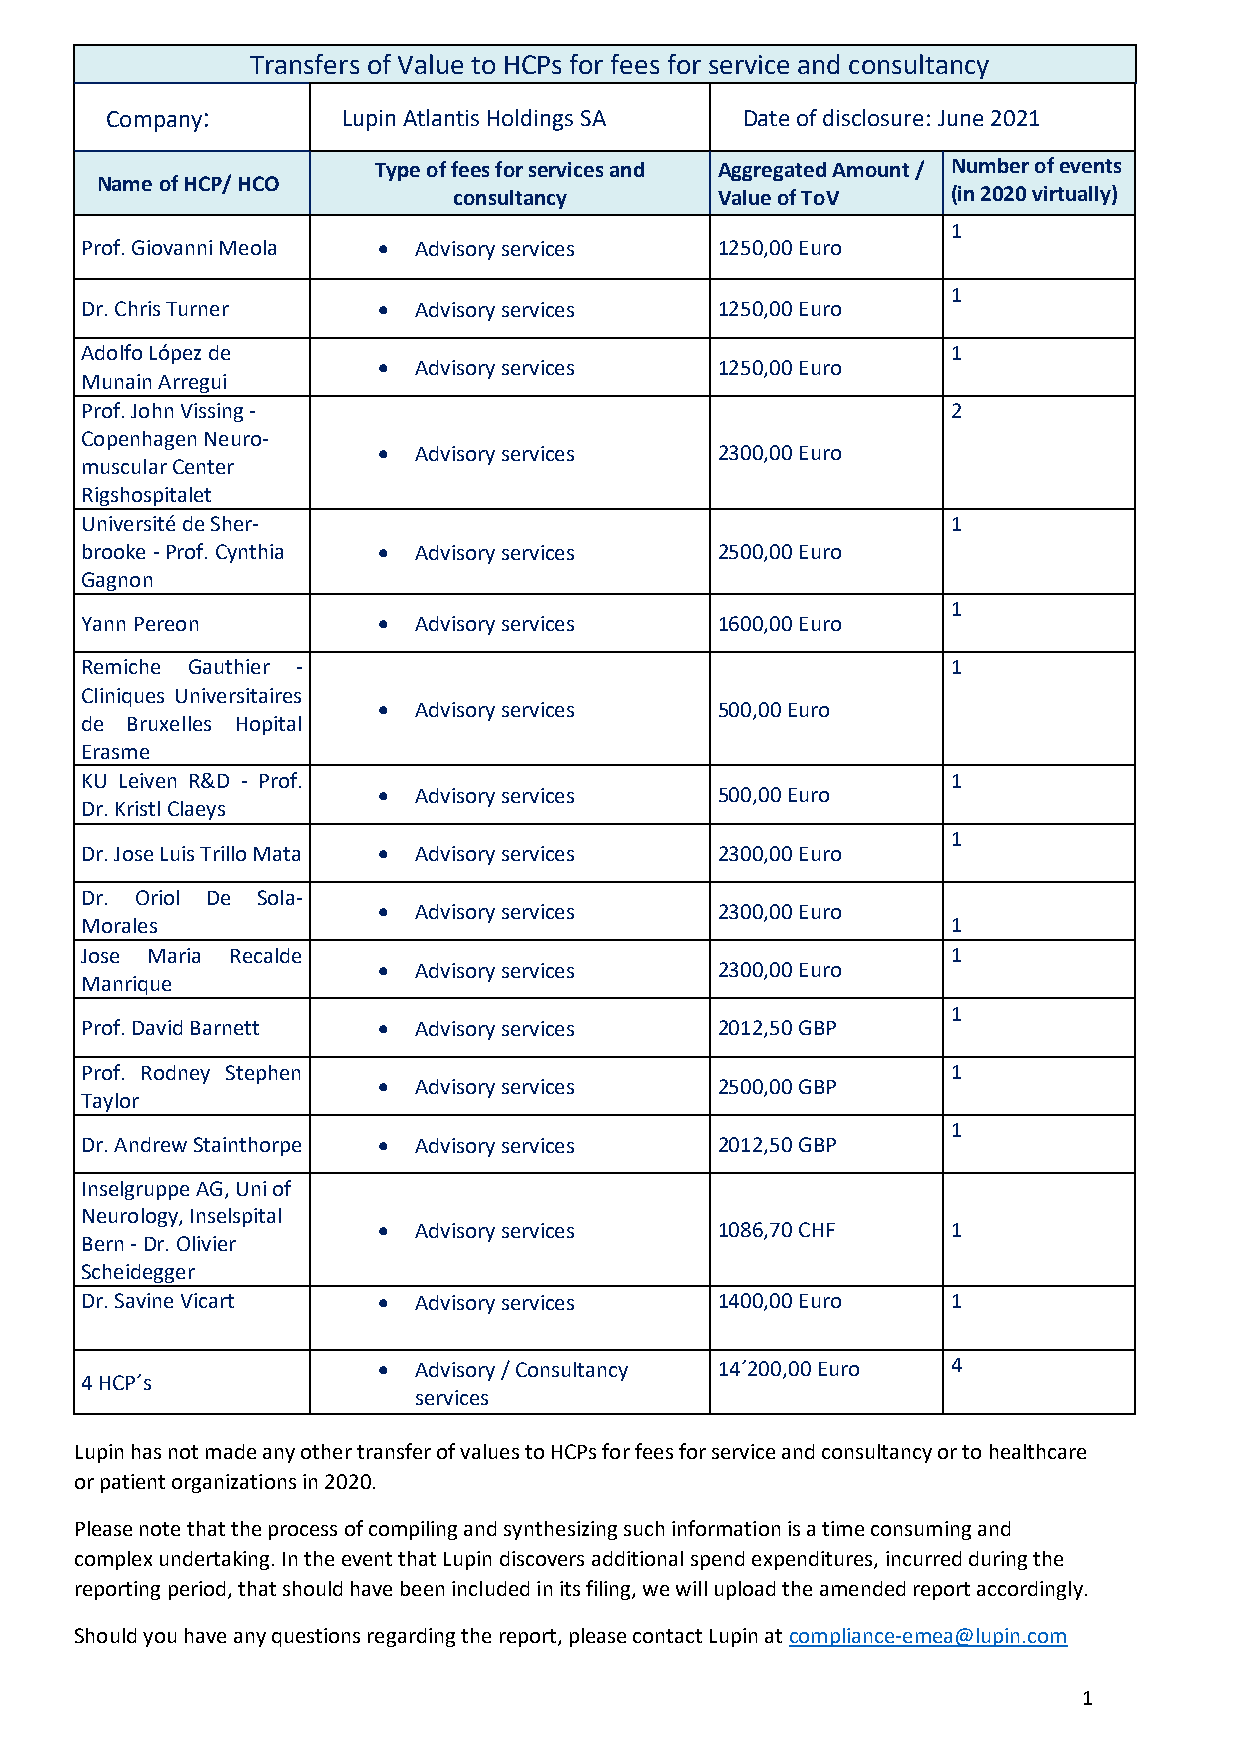
Transfers of Value to HCPs for fees for service and consultancy
 Company:        Lupin Atlantis Holdings SA Date of disclosure: June 2021
 Type of fees for services and Aggregated Amount / Number of events
 Name of HCP/ HCO
 consultancy      Value of ToV    (in 2020 virtually)
 1
 Prof. Giovanni Meola • Advisory services  1250,00 Euro
 1
 Dr. Chris Turner    • Advisory services   1250,00 Euro
 Adolfo López de                                           1
 • Advisory services   1250,00 Euro
 Munain Arregui
 Prof. John Vissing -                                      2
 Copenhagen Neuro-
 • Advisory services   2300,00 Euro
 muscular Center
 Rigshospitalet
 Université de Sher-                                       1
 brooke - Prof. Cynthia • Advisory services 2500,00 Euro
 Gagnon
 1
 Yann Pereon         • Advisory services   1600,00 Euro
 Remiche Gauthier -                                        1
 Cliniques Universitaires
 • Advisory services   500,00 Euro
 de Bruxelles Hopital
 Erasme
 KU Leiven R&D - Prof.                                     1
 • Advisory services   500,00 Euro
 Dr. Kristl Claeys
 1
 Dr. Jose Luis Trillo Mata • Advisory services 2300,00 Euro
 Dr. Oriol De Sola-
 • Advisory services   2300,00 Euro
 Morales                                                   1
 Jose Maria Recalde                                        1
 • Advisory services   2300,00 Euro
 Manrique
 1
 Prof. David Barnett • Advisory services   2012,50 GBP
 Prof. Rodney Stephen                                      1
 • Advisory services   2500,00 GBP
 Taylor
 1
 Dr. Andrew Stainthorpe • Advisory services 2012,50 GBP
 Inselgruppe AG, Uni of
 Neurology, Inselspital
 • Advisory services   1086,70 CHF     1
 Bern - Dr. Olivier
 Scheidegger
 Dr. Savine Vicart   • Advisory services   1400,00 Euro    1
 • Advisory / Consultancy 14´200,00 Euro 4
 4 HCP´s
 services
 Lupin has not made any other transfer of values to HCPs for fees for service and consultancy or to healthcare
 or patient organizations in 2020.
 Please note that the process of compiling and synthesizing such information is a time consuming and
 complex undertaking. In the event that Lupin discovers additional spend expenditures, incurred during the
 reporting period, that should have been included in its filing, we will upload the amended report accordingly.
 Should you have any questions regarding the report, please contact Lupin at compliance-emea@lupin.com
 1